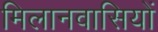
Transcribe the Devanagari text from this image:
मिलानवासियों